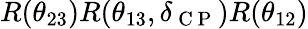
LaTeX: R(\theta_{23})R(\theta_{13},\delta_{\mathrm{~C~P~}})R(\theta_{12})